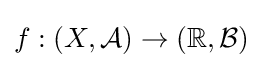
f:(X,{\mathcal {A}})\to (\mathbb {R} ,{\mathcal {B}})